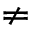
\neq